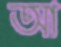
আ